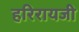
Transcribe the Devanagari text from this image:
हरिरायजी